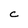
Character: C